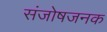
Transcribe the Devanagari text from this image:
संजोषजनक